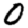
Digit: 0